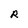
Character: R